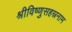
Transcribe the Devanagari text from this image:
श्रीविष्णुसहस्रनाम